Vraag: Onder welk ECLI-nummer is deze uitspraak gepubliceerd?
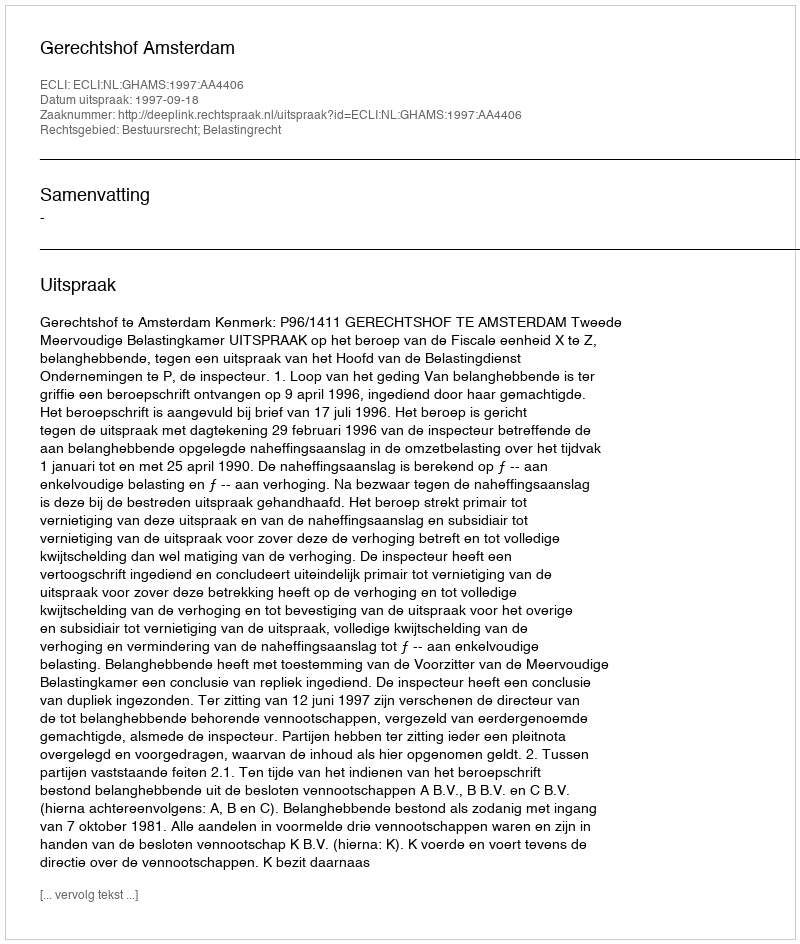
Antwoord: ECLI:NL:GHAMS:1997:AA4406